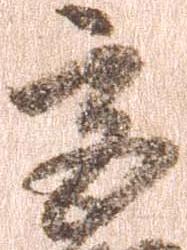
宮